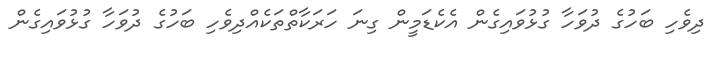
ދިވެހި ބަހުގެ ދުވަހާ ގުޅުވައިގެން އެކެޑަމީން ގިނަ ހަރަކާތްތަކެއްދިވެހި ބަހުގެ ދުވަހާ ގުޅުވައިގެން